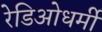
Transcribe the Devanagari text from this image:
रेडिओधर्मी